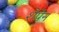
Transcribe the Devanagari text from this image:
शैपेन